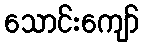
သောင်းကျော်